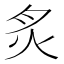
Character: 炙